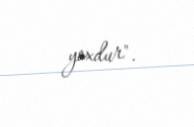
yoxdur".